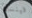
فينست